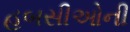
હબસીઓની